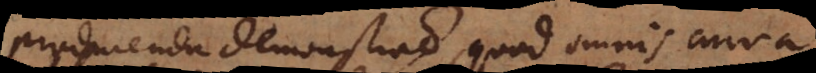
Producenda demonstratio, quod omnis curva